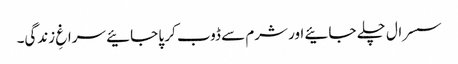
سسرال چلے جائیے اور شرم سے ڈوب کر پا جائیے سراغِ زندگی۔